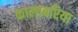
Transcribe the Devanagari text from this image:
कालाबरिया